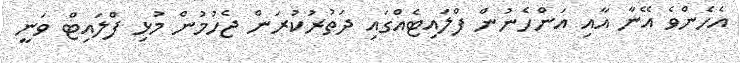
އެހެންވެ އޭނާ އާއި އަންހެނުން ފްލައިޓެއްގައި ދަތުރުކުރަން ޖެހުމުން މުޅި ފްލައިޓް ވަނީ